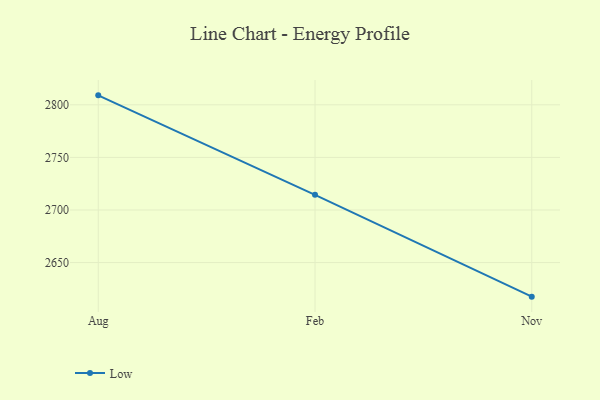
{"axis": {"x": "Month", "y": "Headcount"}, "legend": ["Low"], "data": [{"x": "Aug", "y": 2809.0, "type": "Low"}, {"x": "Feb", "y": 2714.4, "type": "Low"}, {"x": "Nov", "y": 2617.6, "type": "Low"}]}